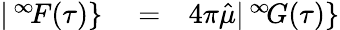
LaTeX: \begin{array}{rlr}{|\, ^{\infty}\! F(\tau)\} }&{{}=}&{4\pi\hat{\mu}|\, ^{\infty}\! G(\tau)\} }\end{array}